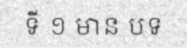
ទី ១ មាន បទ